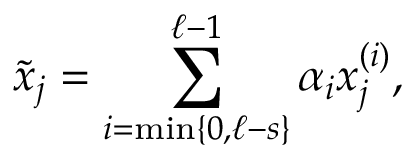
\tilde { x } _ { j } = \sum _ { i = \operatorname* { m i n } \{ 0 , \ell - s \} } ^ { \ell - 1 } \alpha _ { i } x _ { j } ^ { ( i ) } ,